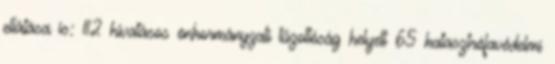
ellátása is: 112 hivatásos önkormányzati tűzoltóság helyett 65 katasztrófavédelmi